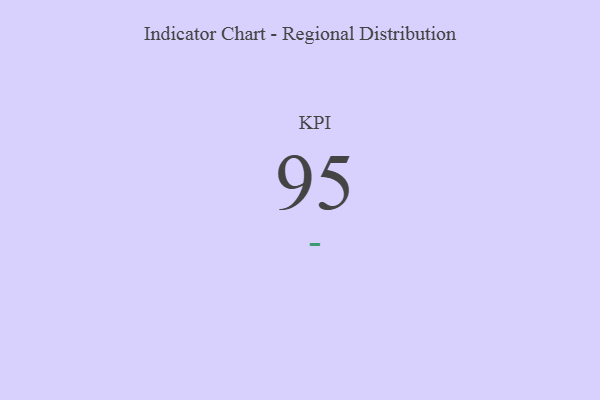
{"axis": {"x": "KPI", "y": "Value"}, "legend": [""], "data": [{"x": "KPI", "y": 95, "type": ""}]}